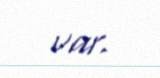
var.